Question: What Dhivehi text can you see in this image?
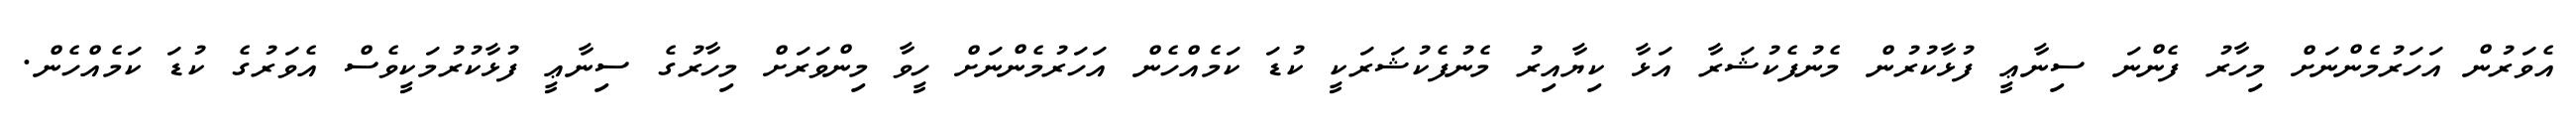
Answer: އެވަރުން އަހަރުމެންނަށް މިހާރު ފެންނަ ސިނާޢީ ފުޅާކުރުން މެނުފެކުޝަރާ އަޅާ ކިޔާއިރު މެނުފެކުޝަރަކީ ކުޑަ ކަމެއްހެން އަހަރުމެންނަށް ހީވާ މިންވަރަށް މިހާރުގެ ސިނާޢީ ފުޅާކުރުމަކީވެސް އެވަރުގެ ކުޑަ ކަމެއްހެން.